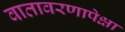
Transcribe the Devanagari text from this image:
वातावरणापेक्षा